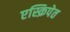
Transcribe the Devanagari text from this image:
एस्क्रिपेत